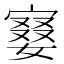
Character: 𡪚